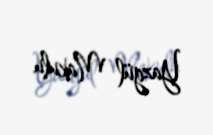
Yazgül Makulu